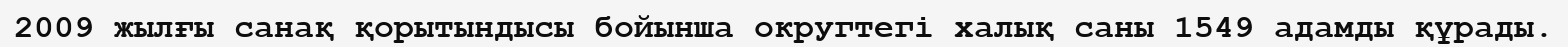
2009 жылғы санақ қорытындысы бойынша округтегі халық саны 1549 адамды құрады.